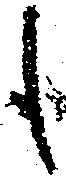
も